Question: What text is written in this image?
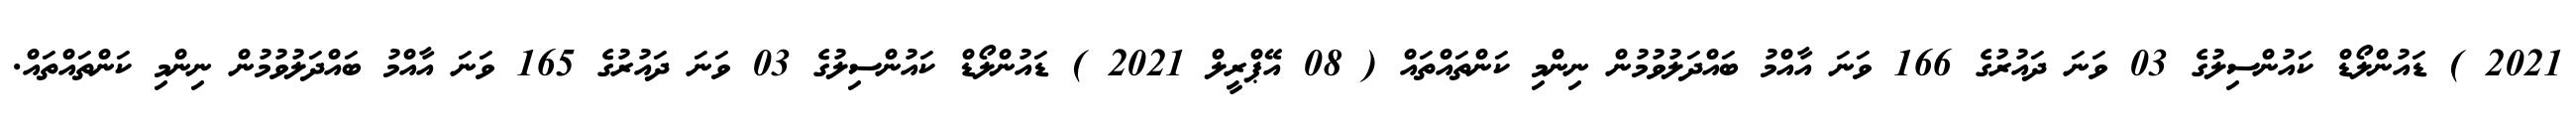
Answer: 2021 ) ޑައުންލޯޑް ކައުންސިލުގެ 03 ވަނަ ދައުރުގެ 166 ވަނަ އާއްމު ބައްދަލުވުމުން ނިންމި ކަންތައްތައް ( 08 އޭޕްރީލް 2021 ) ޑައުންލޯޑް ކައުންސިލުގެ 03 ވަނަ ދައުރުގެ 165 ވަނަ އާއްމު ބައްދަލުވުމުން ނިންމި ކަންތައްތައް.